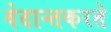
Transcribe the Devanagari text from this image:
वेदान्तकरते